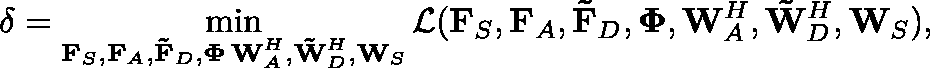
\delta = \operatorname* { m i n } _ { \substack { \mathbf { F } _ { S } , \mathbf { F } _ { A } , \mathbf { \tilde { F } } _ { D } , \mathbf { \Phi } \, { \mathbf { W } _ { A } ^ { H } } , { \mathbf { \tilde { W } } _ { D } ^ { H } } , \mathbf { W } _ { S } } } { \mathcal { L } ( \mathbf { F } _ { S } , \mathbf { F } _ { A } , \mathbf { \tilde { F } } _ { D } , \mathbf { \Phi } , { \mathbf { W } _ { A } ^ { H } } , { \mathbf { \tilde { W } } _ { D } ^ { H } } , \mathbf { W } _ { S } ) } ,